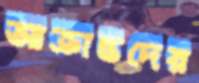
আক্রান্তদের